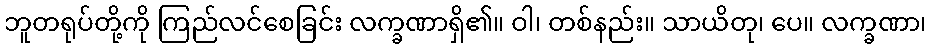
ဘူတရုပ်တို့ကို ကြည်လင်စေခြင်း လက္ခဏာရှိ၏။ ဝါ၊ တစ်နည်း။ သာယိတု၊ ပေ။ လက္ခဏာ၊